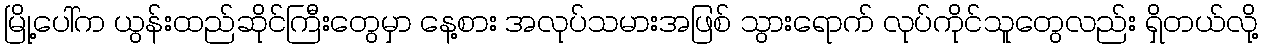
မြို့ပေါ်က ယွန်းထည်ဆိုင်ကြီးတွေမှာ နေ့စား အလုပ်သမားအဖြစ် သွားရောက် လုပ်ကိုင်သူတွေလည်း ရှိတယ်လို့